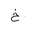
Letter: _kha